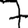
Digit: 7